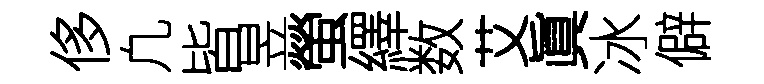
侈凢皆昱螢繹数艾眞冰僻